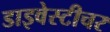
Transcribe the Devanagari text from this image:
डाइवेस्टीचर